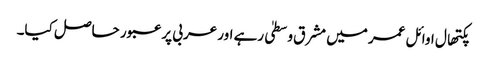
پکتھال اوائل عمر میں مشرق وسطیٰ رہے اور عربی پر عبور حاصل کیا۔